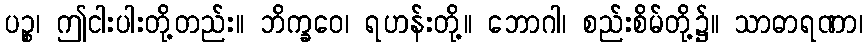
ပဉ္စ၊ ဤငါးပါးတို့တည်း။ ဘိက္ခဝေ၊ ရဟန်းတို့။ ဘောဂါ၊ စည်းစိမ်တို့၌။ သာဓာရဏာ၊